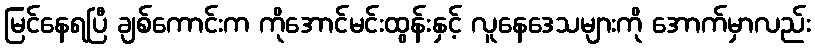
မြင်နေရပြီ ချစ်ကောင်းက ကိုအောင်မင်းထွန်းနှင့် လူနေဒေသများကို အောက်မှာလည်း